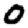
Digit: 0